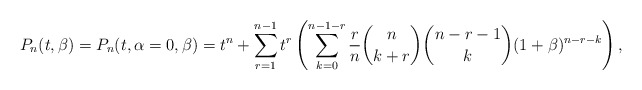
\begin{gather*}P_n(t,\beta)= P_n(t,\alpha=0,\beta)= t^n+ \sum_{r=1}^{n-1} t^{r} \left( \sum_{k=0}^{n- 1-r} {r \over n} {n \choose k+r} {n-r-1 \choose k} (1+\beta)^{n-r-k} \right),\end{gather*}